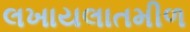
લખાયલાતમીળ